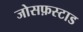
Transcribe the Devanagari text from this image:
जोसफ़स्टाड